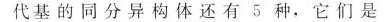
代基的同分异构体还有5种，它们是